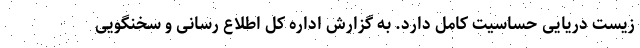
زیست دریایی حساسیت کامل دارد. به گزارش اداره کل اطلاع رسانی و سخنگویی